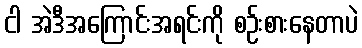
ငါ အဲဒီအကြောင်းအရင်းကို စဉ်းစားနေတာပဲ